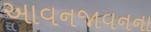
આવનજાવનના